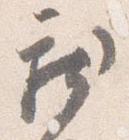
新